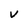
Character: V